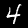
Digit: 4